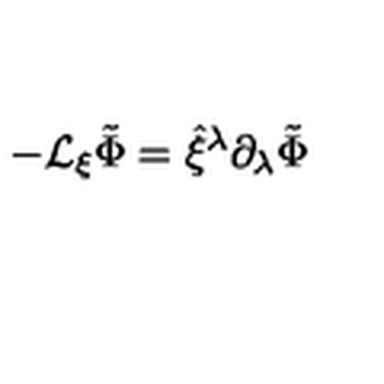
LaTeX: - { \cal L } _ { \xi } \tilde { \Phi } = \hat { \xi } ^ { \lambda } \partial _ { \lambda } \tilde { \Phi }